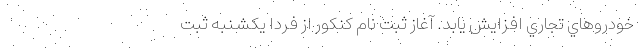
خودروهاي تجاري افزایش یابد. آغاز ثبت نام کنکور از فردا یکشنبه ثبت